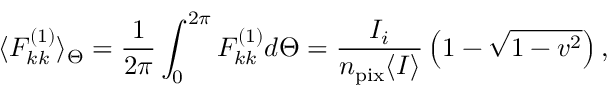
\langle F _ { k k } ^ { ( 1 ) } \rangle _ { \Theta } = \frac { 1 } { 2 \pi } \int _ { 0 } ^ { 2 \pi } F _ { k k } ^ { ( 1 ) } d \Theta = \frac { I _ { i } } { n _ { \mathrm { p i x } } \langle I \rangle } \left( 1 - \sqrt { 1 - v ^ { 2 } } \right) ,